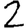
Digit: 2